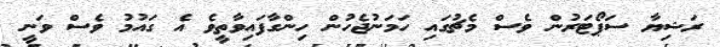
ރަޝިޔާ ސަޕޯޓަރުން ވެސް މެޗުގައި ހަމަނުޖެހުން ހިންގާފައިވާތީވެ އެ ގައުމު ވެސް ވަނީ